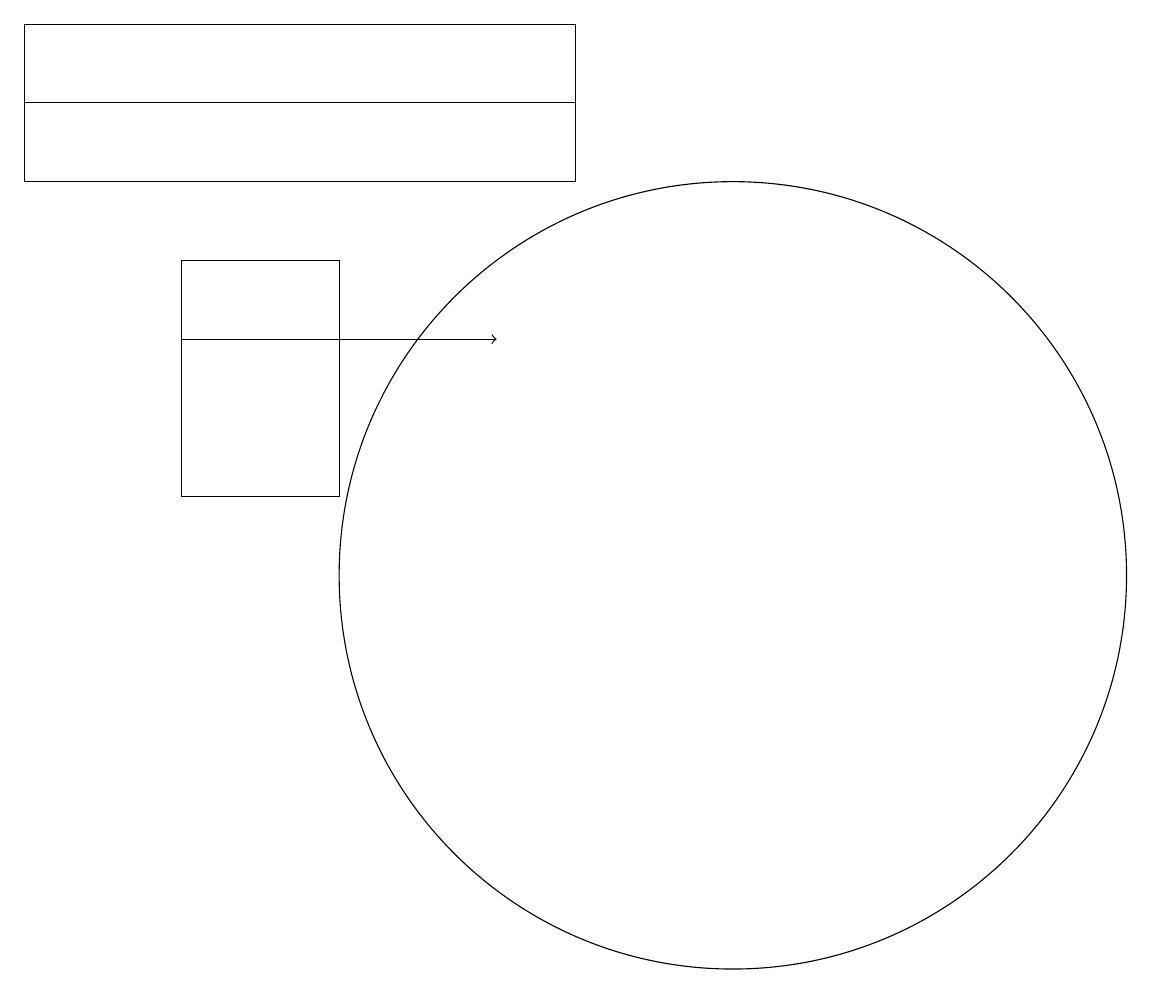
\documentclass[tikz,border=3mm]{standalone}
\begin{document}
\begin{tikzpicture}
\draw (6,14) rectangle (4,11);
\draw (9,16) rectangle (2,15);
\draw (11,10) circle (5);
\draw[->] (4,13) -- (8,13);
\draw (9,17) rectangle (2,16);
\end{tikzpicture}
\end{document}